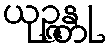
ယုဉ္ဇန္တု